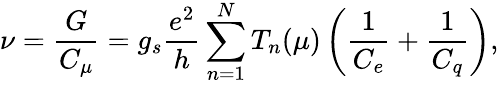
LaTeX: \nu=\frac{G}{C_{\mu}}=g_{s}\frac{e^{2}}{h}\sum_{n=1}^{N}T_{n}(\mu)\left(\frac{1}{C_{e}}+\frac{1}{C_{q}}\right),